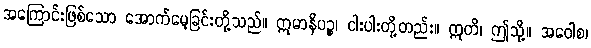
အကြောင်းဖြစ်သော အောက်မေ့ခြင်းတို့သည်။ ဣမာနိပဉ္စ၊ ငါးပါးတို့တည်း။ ဣတိ၊ ဤသို့။ အဝေါစ၊